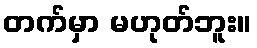
တက်မှာ မဟုတ်ဘူး။